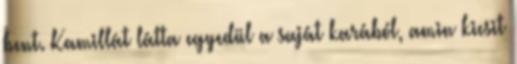
bent. Kamillát látta egyedül a saját karából, amin kicsit